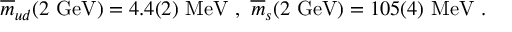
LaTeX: \overline { { { m } } } _ { u d } ( 2 ~ \mathrm { G e V } ) = 4 . 4 ( 2 ) ~ \mathrm { M e V } ~ , ~ \overline { { { m } } } _ { s } ( 2 ~ \mathrm { G e V } ) = 1 0 5 ( 4 ) ~ \mathrm { M e V } ~ .